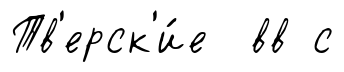
Тв'ерск'и́е вв с